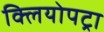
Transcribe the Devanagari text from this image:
क्लियोपट्रा